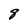
Character: 8